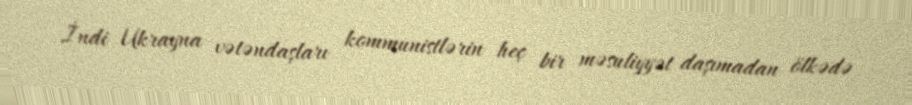
İndi Ukrayna vətəndaşları kommunistlərin heç bir məsuliyyət daşımadan ölkədə